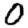
Digit: 0